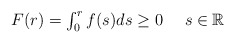
\begin{align*} \textstyle F(r)=\int_{0}^{r}f(s)ds\ge0 \ \ \ \ s\in \mathbb{R}\end{align*}